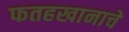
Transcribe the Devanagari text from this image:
फतहखानाचे